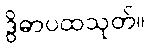
ဒွိဓာပထသုတ်။